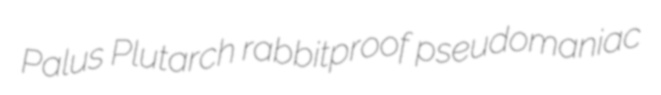
Palus Plutarch rabbitproof pseudomaniac